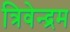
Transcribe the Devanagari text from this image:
त्रिवेन्‍द्रम